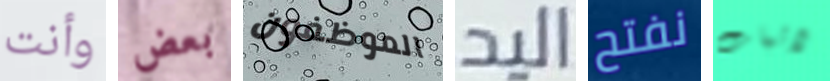
وأنت بعض الموظفون اليد نفتح لاثبات